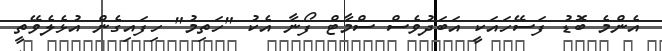
އެންމެ ބޮޑު ފަސޭހައަކީ އަބަދުވެސް ސްމާޓް ފޯނާ އެކު "ހަތިމު" ހިފައިގެން އުޅެލެވޭތީ